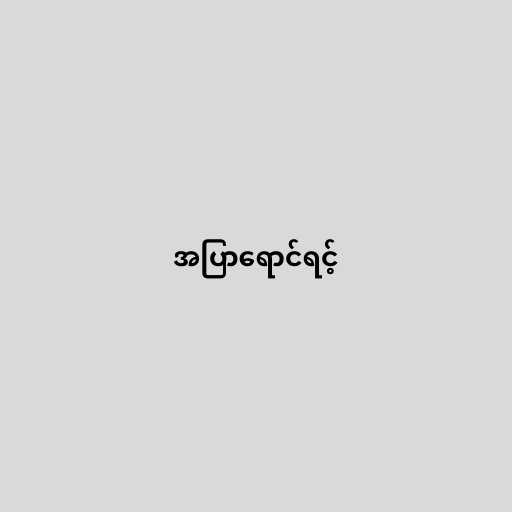
အပြာရောင်ရင့်